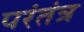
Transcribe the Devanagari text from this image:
परंतंत्र